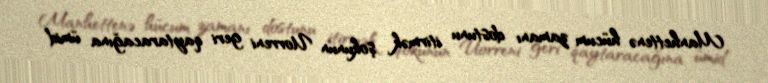
Manhettenə hücum zamanı dostunu itirmək şokunun Uorreni geri qaytaracağına ümid